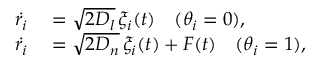
\begin{array} { r l } { \dot { r _ { i } } } & { { } = \sqrt { 2 D _ { l } } \, \xi _ { i } ( t ) \quad ( \theta _ { i } = 0 ) , } \\ { \dot { r _ { i } } } & { { } = \sqrt { 2 D _ { n } } \, \xi _ { i } ( t ) + F ( t ) \quad ( \theta _ { i } = 1 ) , } \end{array}